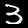
Label: 3